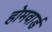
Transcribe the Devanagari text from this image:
होमवार्ड